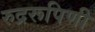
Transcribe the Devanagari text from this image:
रुद्ररूपिणी